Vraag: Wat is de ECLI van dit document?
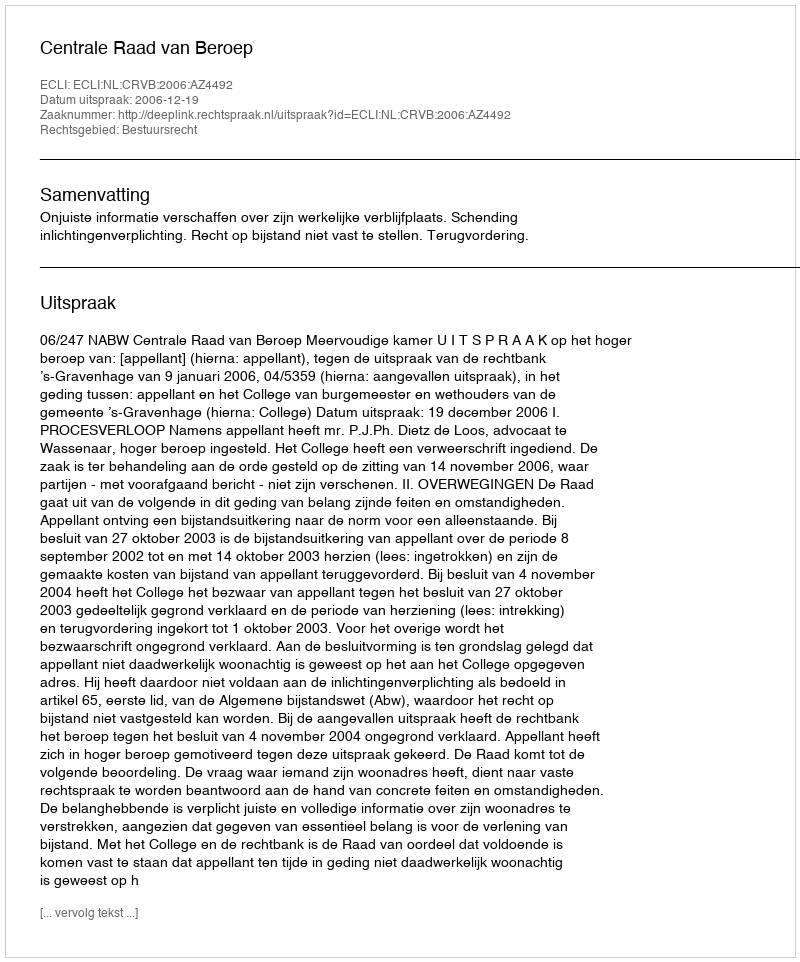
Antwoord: ECLI:NL:CRVB:2006:AZ4492